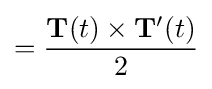
={\mathbf {T} (t)\times \mathbf {T'} (t) \over 2}